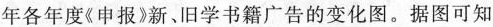
年各年度《申报》新、旧学书籍广告的变化图。据图可知